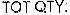
TOT QTY: